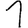
Digit: 1